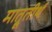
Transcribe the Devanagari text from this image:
मात्रूतीर्थ